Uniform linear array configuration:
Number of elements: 64
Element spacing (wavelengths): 0.25
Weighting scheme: blackman
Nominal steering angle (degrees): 45
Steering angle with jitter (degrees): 44.516
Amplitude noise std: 0.05
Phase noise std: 0.05

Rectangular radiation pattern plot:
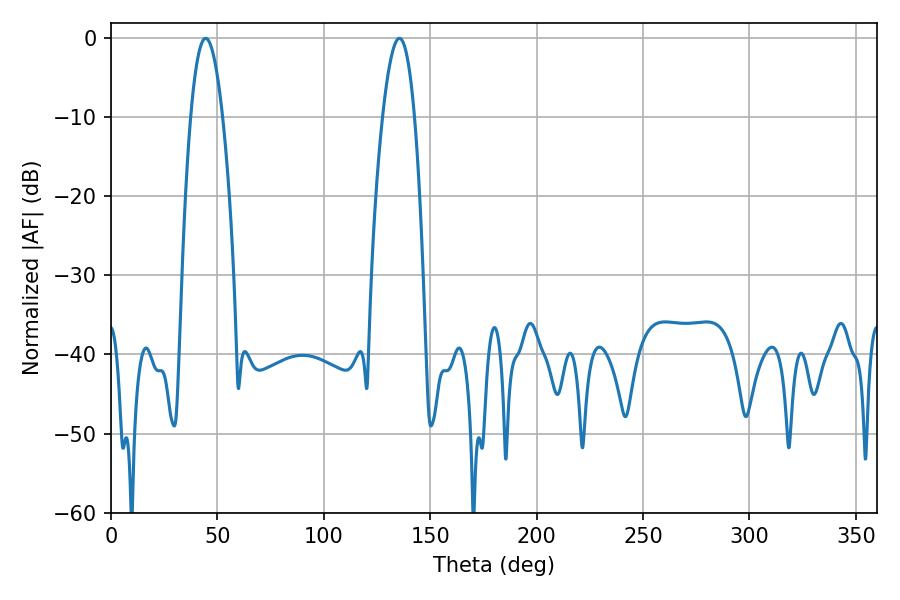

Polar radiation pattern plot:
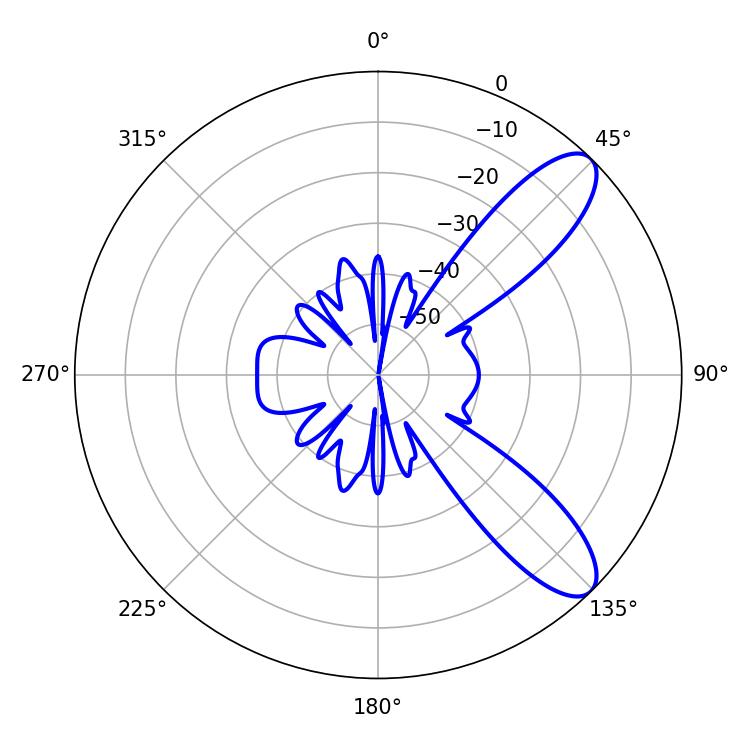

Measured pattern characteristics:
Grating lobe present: FALSE
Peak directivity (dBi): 9.638
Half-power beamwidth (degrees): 8.28
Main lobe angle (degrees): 44.46